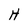
Character: H